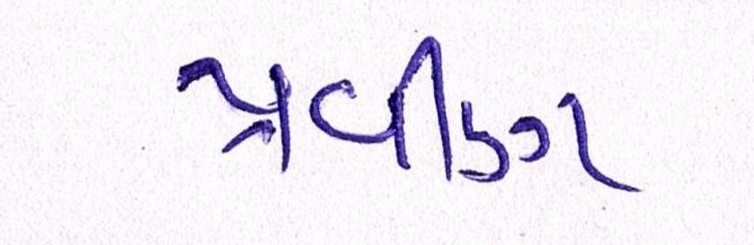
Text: પ્રવીણ